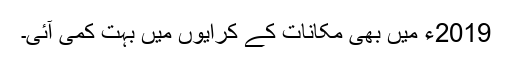
2019ء میں بھی مکانات کے کرایوں میں بہت کمی آئی۔